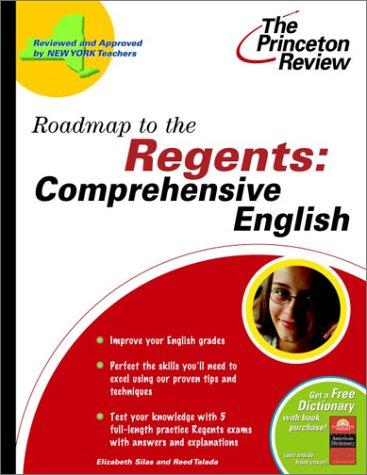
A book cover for Roadmap to the Regents: Comprehensive English (State Test Preparation Guides); Princeton Review; Test Preparation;